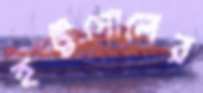
হট্টগোলের